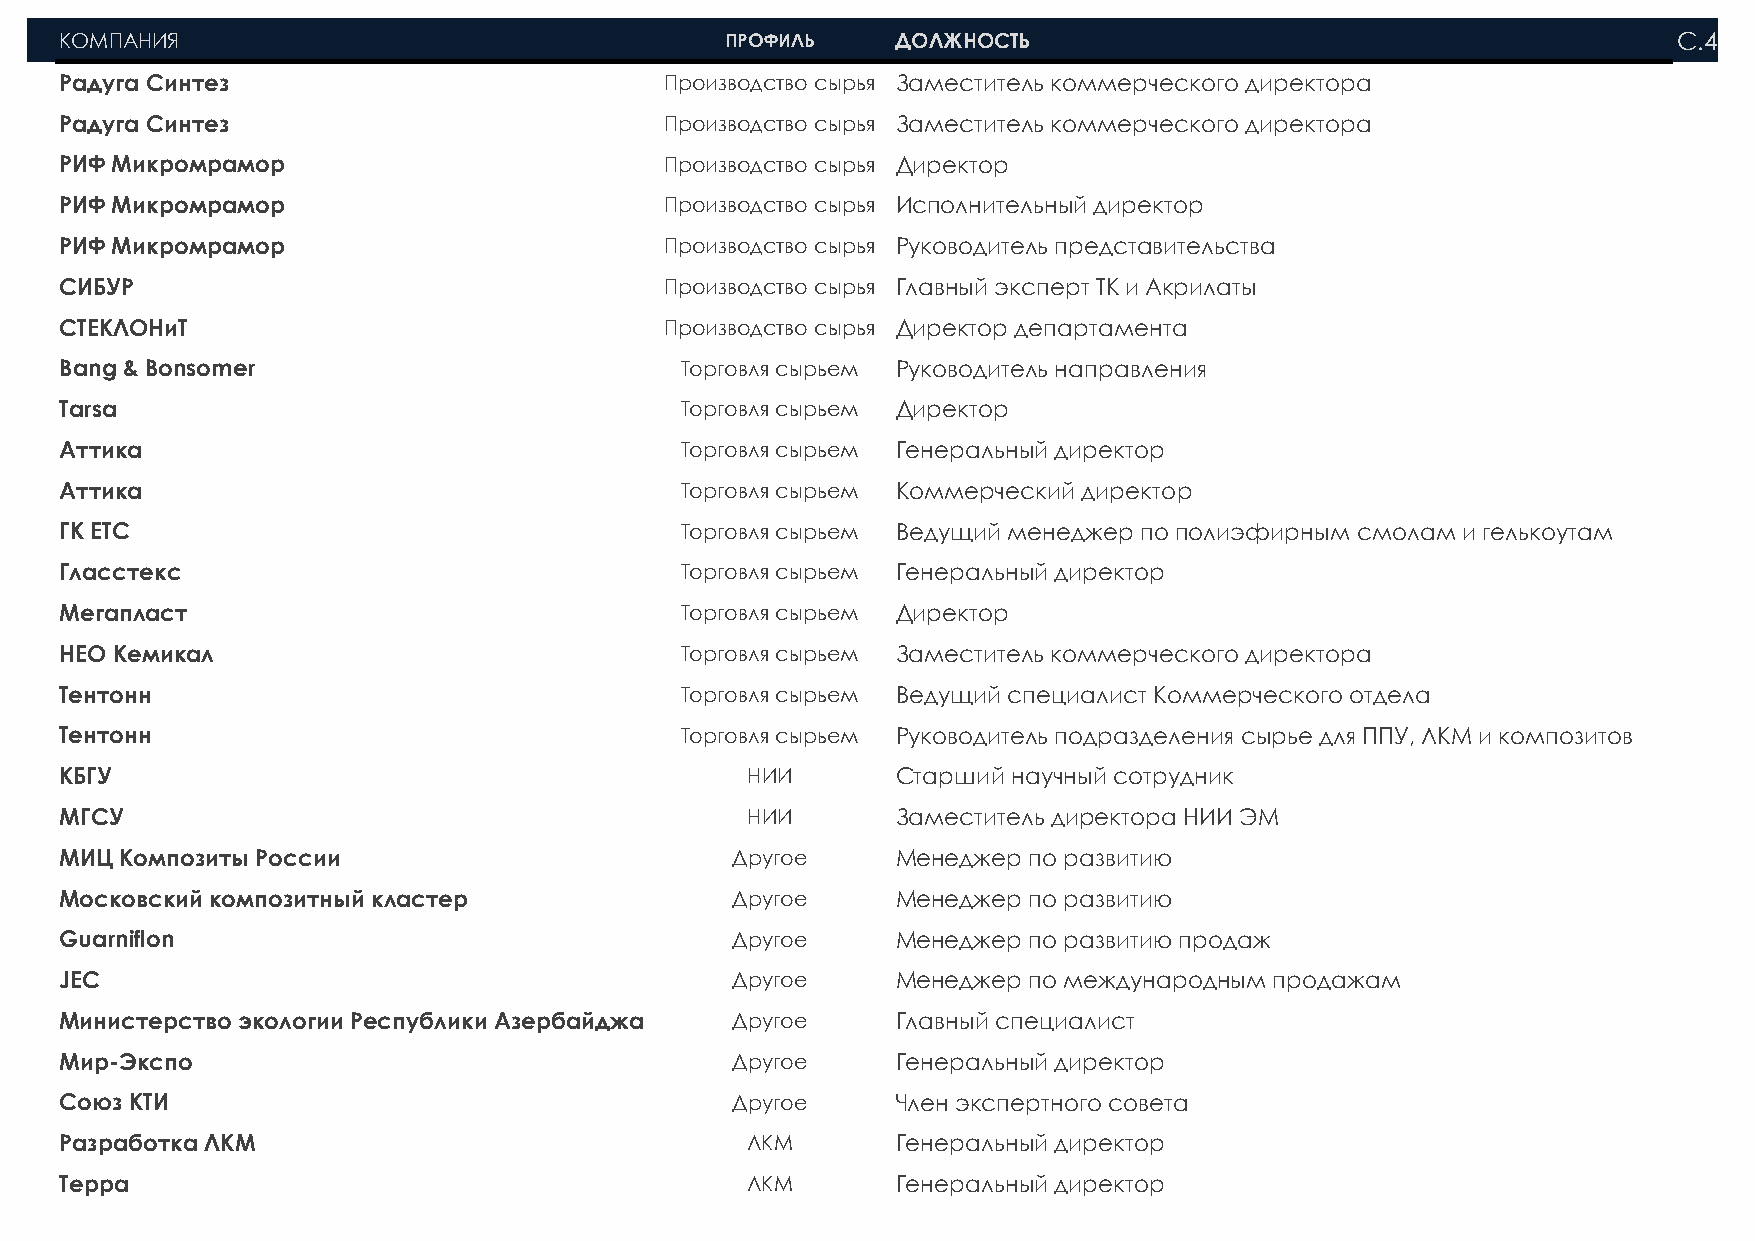
КОМПАНИЯ                                    ПРОФИЛЬ    ДОЛЖНОСТЬ                                           С . 4
 Радуга Синтез                           Производство сырья Заместитель коммерческого директора
 Радуга Синтез                           Производство сырья Заместитель коммерческого директора
 РИФ Микромрамор                         Производство сырья Директор
 РИФ Микромрамор                         Производство сырья Исполнительный директор
 РИФ Микромрамор                         Производство сырья Руководитель представительства
 СИБУР                                   Производство сырья Главный эксперт ТК и Акрилаты
 СТЕКЛОНиТ                               Производство сырья Директор департамента
 Bang & Bonsomer                          Торговля сырьем Руководитель направления
 Tarsa                                    Торговля сырьем Директор
 Аттика                                   Торговля сырьем Генеральный директор
 Аттика                                   Торговля сырьем Коммерческий директор
 ГК ЕТС                                   Торговля сырьем Ведущий менеджер по полиэфирным смолам и гелькоутам
 Гласстекс                                Торговля сырьем Генеральный директор
 Мегапласт                                Торговля сырьем Директор
 НЕО Кемикал                              Торговля сырьем Заместитель коммерческого директора
 Тентонн                                  Торговля сырьем Ведущий специалист Коммерческого отдела
 Тентонн                                  Торговля сырьем Руководитель подразделения сырье для ППУ, ЛКМ и композитов
 КБГУ                                         НИИ       Старший научный сотрудник
 МГСУ                                         НИИ       Заместитель директора НИИ ЭМ
 МИЦ Композиты России                        Другое     Менеджер по развитию
 Московский композитный кластер              Другое     Менеджер по развитию
 Guarniflon                                  Другое     Менеджер по развитию продаж
 JEC                                         Другое     Менеджер по международным продажам
 Министерство экологии Республики Азербайджан Другое    Главный специалист
 Мир-Экспо                                   Другое     Генеральный директор
 Союз КТИ                                    Другое     Член экспертного совета
 Разработка ЛКМ                               ЛКМ       Генеральный директор
 Терра                                        ЛКМ       Генеральный директор